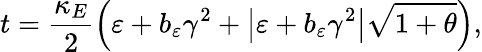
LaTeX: t=\frac{\kappa_{E}}{2}\Big(\varepsilon+b_{\varepsilon}\gamma^{2}+\big\vert\varepsilon+b_{\varepsilon}\gamma^{2}\big\vert\sqrt{1+\theta}\Big),